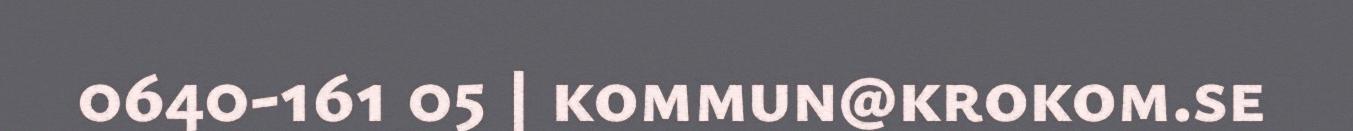
0640-161 05 | kommun@krokom.se